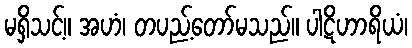
မရှိသင့်။ အဟံ၊ တပည့်တော်မသည်။ ပါဋိဟာရိယံ၊